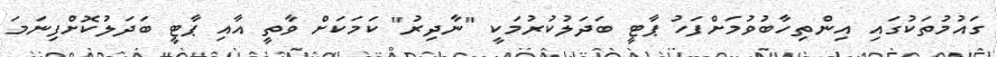
ގައުމުތަކުގައި އިންތިހާބުވުމަށްފަހު ޕާޓީ ބަދަލުކުރުމަކީ "ނާދިރު" ކަމަކަށް ވާތީ އާއި ޕާޓީ ބަދަލުކޮށްފިނަމަ